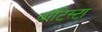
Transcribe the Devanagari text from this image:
बाॅटिस्टा